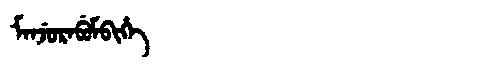
Manchu: ᠮᠠᠨᠵᡠᡵᠠᠪᡠᠮᠪᡳᡥᡝ
Romanization: MANJURABUMBIHE